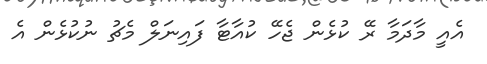
އެއީ މާދަމާ ރޭ ކުޅެން ޖެހޭ ކުއާޓާ ފައިނަލް މެޗު ނުކުޅެން އެ